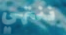
ننتهي